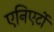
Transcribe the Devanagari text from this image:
एनिएर्टो